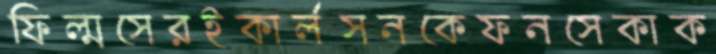
ফিল্মসেরইকার্লসনকেফনসেকাক